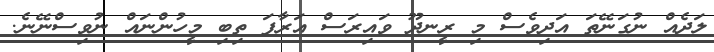
ލަދެއް ނުގަނޭތަ އަދިވެސް މި ރީނދޫ ވައިރަސް އަރާފަ ތިބި މީހުންނައް ނުވިސްނޭނެ.